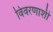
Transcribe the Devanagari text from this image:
विवरणाशी